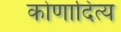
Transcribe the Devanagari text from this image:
कोणादित्य